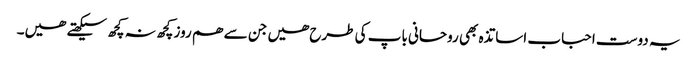
یہ دوست احباب اساتذہ بھی روحانی باپ کی طرح ھیں جن سے ھم روز کچھ نہ کچھ سیکھتے ھیں۔